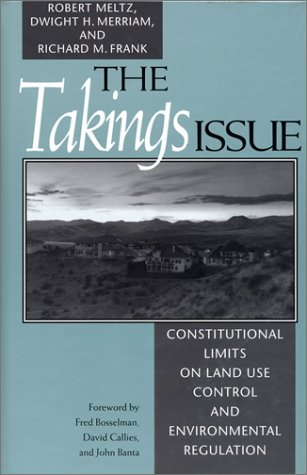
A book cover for The Takings Issue: Constitutional Limits On Land Use Control And Environmental Regulation; Robert Meltz; Law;